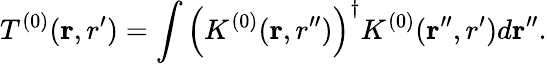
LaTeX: T^{(0)}({\mathbf r,r^{\prime}})=\int\left(K^{(0)}({\mathbf r,r^{\prime\prime}})\right)^{\dagger}K^{(0)}({\mathbf r^{\prime\prime},r^{\prime}})d{\mathbf r^{\prime\prime}}.